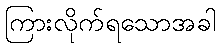
ကြားလိုက်ရသောအခါ